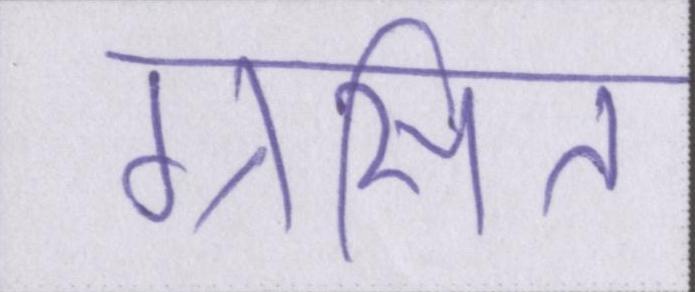
ग्रसित